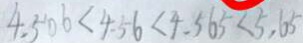
4 . 5 0 6 < 4 . 5 6 < 4 . 5 6 5 < 5 . 6 5